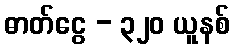
ဓာတ်ငွေ - ၃၂၀ ယူနစ်